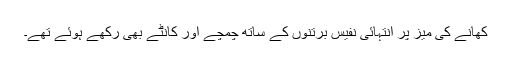
کھانے کی میز پر انتہائی نفیس برتنوں کے ساتھ چمچے اور کانٹے بھی رکھے ہوئے تھے۔